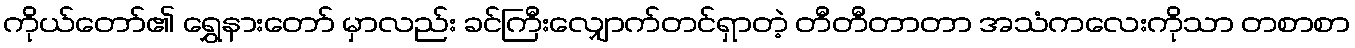
ကိုယ်တော်၏ ရွှေနားတော် မှာလည်း ခင်ကြီးလျှောက်တင်ရှာတဲ့ တီတီတာတာ အသံကလေးကိုသာ တစာစာ